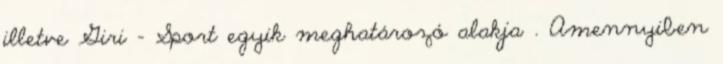
illetve Giri - Sport egyik meghatározó alakja . Amennyiben